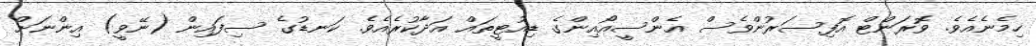
ހިމެނެއެވެ. ވޮރަންޓް އޮފިސަރުންވެސް އެންސީއޯއިންގެ ޑިއުޓީތައް އަދާކުރެއެވެ. ކަނޑުގެ ސިފައިން (ނޭވީ) އިންނަށް